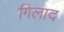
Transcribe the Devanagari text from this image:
गिलाद